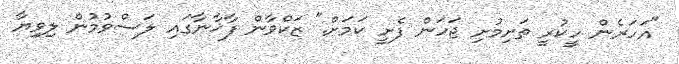
"އަހަރެން ހީކުރީ ތަށިމުށި ޖަހަން ފެށީ ކަމަށް." ޒަކްވާން ފާޚާނާގައި ލަސްވުމުން ލިވިޔާ